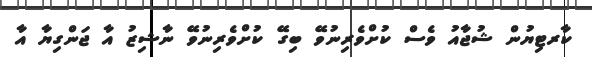
ކާރޓިޔުން ޝުޖާއު ވެސް ކުށްވެރިނުވޭ ބިގޭ ކުށްވެރިނުވޭ ނާޝިޒު އާ ޖަންގިޔާ އާ